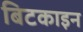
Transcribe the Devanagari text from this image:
बिटकाइन